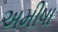
અમીષા